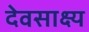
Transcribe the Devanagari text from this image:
देवसाक्ष्य